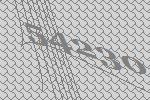
54230